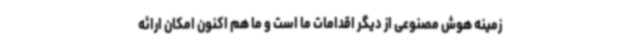
زمینه هوش مصنوعی از دیگر اقدامات ما است و ما هم اکنون امکان ارائه